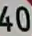
40